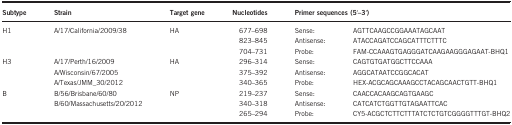
<table><thead><tr><td><b>Subtype</b></td><td><b>Strain</b></td><td><b>Target gene</b></td><td><b>Nucleotides</b></td><td colspan="2"><b>Primer sequences (5′–3′)</b></td></tr></thead><tbody><tr><td>H1</td><td>A/17/California/2009/38</td><td>HA</td><td>677–698</td><td>Sense:</td><td>AGTTCAAGCCGGAAATAGCAAT</td></tr><tr><td> </td><td> </td><td> </td><td>823–845</td><td>Antisense:</td><td>ATACCAGATCCAGCATTTCTTTC</td></tr><tr><td> </td><td> </td><td> </td><td>704–731</td><td>Probe:</td><td>FAM-CCAAAGTGAGGGATCAAGAAGGGAGAAT-BHQ1</td></tr><tr><td>H3</td><td>A/17/Perth/16/2009</td><td>HA</td><td>296–314</td><td>Sense:</td><td>CAGTGTGATGGCTTCCAAA</td></tr><tr><td> </td><td>A/Wisconsin/67/2005</td><td> </td><td>375–392</td><td>Antisense:</td><td>AGGCATAATCCGGCACAT</td></tr><tr><td> </td><td>A/Texas/JMM_30/2012</td><td> </td><td>340–365</td><td>Probe:</td><td>HEX-ACGCAGCAAAGCCTACAGCAACTGTT-BHQ1</td></tr><tr><td>B</td><td>B/56/Brisbane/60/80</td><td>NP</td><td>219–237</td><td>Sense:</td><td>CAACCACAAGCAGTGAAGC</td></tr><tr><td> </td><td>B/60/Massachusetts/20/2012</td><td> </td><td>340–318</td><td>Antisense:</td><td>CATCATCTGGTTGTAGAATTCAC</td></tr><tr><td> </td><td> </td><td> </td><td>265–294</td><td>Probe:</td><td>CY5-ACGCTCTTCTTTATCTCTGTCGGGGTTTGT-BHQ2</td></tr></tbody></table>